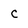
Character: C